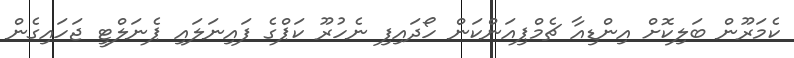
ކެމަރޫން ބަލިކޮށް އިންޑިއާ ޗެމްޕިއަންކަން ހޯދައިފި ނެހުރޫ ކަޕްގެ ފައިނަލައި ޕެނަލްޓީ ޖަހައިގެން